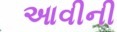
આવીની